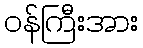
ဝန်ကြီးအား